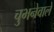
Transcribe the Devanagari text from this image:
चुभनेवाले